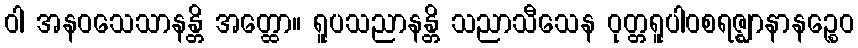
ဝါ အနဝသေသာနန္တိ အတ္ထော။ ရူပသညာနန္တိ သညာသီသေန ဝုတ္တရူပါဝစရဇ္ဈာနာနဉ္စေဝ